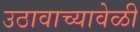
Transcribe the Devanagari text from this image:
उठावाच्यावेळी